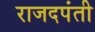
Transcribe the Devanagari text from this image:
राजदपंती